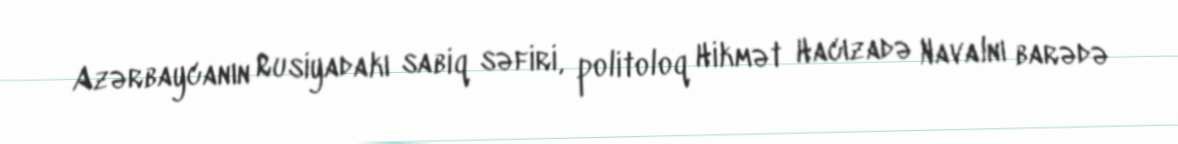
Azərbaycanın Rusiyadakı sabiq səfiri, politoloq Hikmət Hacızadə Navalnı barədə